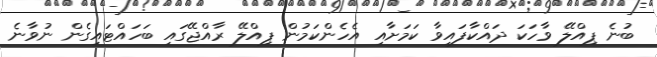
ބުނެ ޕިއްލޭ ވާހަކަ ދައްކާފައިވާ ކަމަށާއި އެހެންކަމުން ޕިއްލޭ ރާއްޖޭގައި ބަހައްޓައިގެން ނުވާނެ